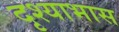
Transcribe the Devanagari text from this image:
दृश्याभास